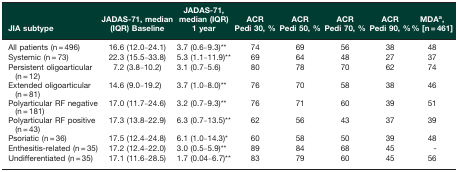
| JIA subtype | JADAS-71, median (IQR) Baseline | JADAS-71, median (IQR) 1 year | ACR Pedi 30, % | ACR Pedi 50, % | ACR Pedi 70, % | ACR Pedi 90, % | MDAa, % [n = 461] |
 | --- | --- | --- | --- | --- | --- | --- | --- |
 | All patients (n = 496) | 16.6 (12.0–24.1) | 3.7 (0.6–9.3)** | 74 | 69 | 56 | 38 | 48 |
 | Systemic (n = 73) | 22.3 (15.5–33.8) | 5.3 (1.1–11.9)** | 69 | 64 | 48 | 27 | 37 |
 | Persistent oligoarticular (n = 12) | 7.2 (3.8–10.2) | 3.1 (0.7–5.6) | 80 | 78 | 70 | 62 | 74 |
 | Extended oligoarticular (n = 81) | 14.6 (9.0–19.2) | 3.7 (1.0–8.0)** | 76 | 70 | 58 | 38 | 46 |
 | Polyarticular RF negative (n = 181) | 17.0 (11.7–24.6) | 3.2 (0.7–9.3)** | 76 | 71 | 60 | 39 | 51 |
 | Polyarticular RF positive (n = 43) | 17.3 (13.8–22.9) | 6.3 (0.7–13.5)** | 62 | 56 | 43 | 37 | 39 |
 | Psoriatic (n = 36) | 17.5 (12.4–24.8) | 6.1 (1.0–14.3)* | 60 | 58 | 50 | 39 | 48 |
 | Enthesitis-related (n = 35) | 17.2 (12.4–22.0) | 3.0 (0.5–5.9)** | 89 | 84 | 68 | 45 | - |
 | Undifferentiated (n = 35) | 17.1 (11.6–28.5) | 1.7 (0.04–6.7)** | 83 | 79 | 60 | 45 | 56 |